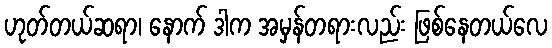
ဟုတ်တယ်ဆရာ၊ နောက် ဒါက အမှန်တရားလည်း ဖြစ်နေတယ်လေ